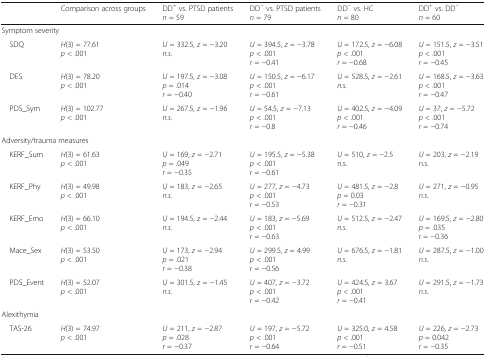
<table><thead><tr><td></td><td><b>Comparison across groups</b></td><td><b>DD<sup>+</sup> vs. PTSD patients<i>n</i> = 59</b></td><td><b>DD<sup>−</sup> vs. PTSD patients<i>n</i> = 79</b></td><td><b>DD<sup>−</sup> vs. HC<i>n</i> = 80</b></td><td><b>DD<sup>+</sup> vs. DD<sup>−</sup><i>n</i> = 60</b></td></tr></thead><tbody><tr><td colspan="6">Symptom severity</td></tr><tr><td> SDQ</td><td><i>H</i>(3) = 77.61<i>p</i> &lt; .001</td><td><i>U</i> = 332.5, <i>z</i> = −3.20<i>n.s.</i></td><td><i>U</i> = 394.5, <i>z</i> = −3.78<i>p</i> &lt; .001<i>r</i> = −0.41</td><td><i>U</i> = 172.5, <i>z</i> = −6.08<i>p</i> &lt; .001<i>r</i> = −0.68</td><td><i>U</i> = 151.5, <i>z</i> = −3.51<i>p</i> &lt; .001<i>r</i> = −0.45</td></tr><tr><td> DES</td><td><i>H</i>(3) = 78.20<i>p</i> &lt; .001</td><td><i>U</i> = 197.5, <i>z</i> = −3.08<i>p</i> = .014<i>r</i> = −0.40</td><td><i>U</i> = 150.5, <i>z</i> = −6.17<i>p</i> &lt; .001<i>r</i> = −0.61</td><td><i>U</i> = 528.5, <i>z</i> = −2.61<i>n.s.</i></td><td><i>U</i> = 168.5, <i>z</i> = −3.63<i>p</i> &lt; .001<i>r</i> = −0.47</td></tr><tr><td> PDS_Sym</td><td><i>H</i>(3) = 102.77<i>p</i> &lt; .001</td><td><i>U</i> = 267.5, <i>z</i> = −1.96<i>n.s.</i></td><td><i>U</i> = 54.5, <i>z</i> = −7.13<i>p</i> &lt; .001<i>r</i> = −0.8</td><td><i>U</i> = 402.5, <i>z</i> = −4.09<i>p</i> &lt; .001<i>r</i> = −0.46</td><td><i>U</i> = 37, <i>z</i> = −5.72<i>p</i> &lt; .001<i>r</i> = −0.74</td></tr><tr><td colspan="6">Adversity/trauma measures</td></tr><tr><td> KERF_Sum</td><td><i>H</i>(3) = 61.63<i>p</i> &lt; .001</td><td><i>U</i> = 169, <i>z</i> = −2.71<i>p</i> = .049<i>r</i> = −0.35</td><td><i>U</i> = 195.5, <i>z</i> = −5.38<i>p</i> &lt; .001<i>r</i> = −0.61</td><td><i>U</i> = 510, <i>z</i> = −2.5n.s.</td><td><i>U</i> = 203, <i>z</i> = −2.19n.s.</td></tr><tr><td> KERF_Phy</td><td><i>H</i>(3) = 49.98<i>p</i> &lt; .001</td><td><i>U</i> = 183, <i>z</i> = −2.65<i>n.s.</i></td><td><i>U</i> = 277, <i>z</i> = −4.73<i>p</i> &lt; .001<i>r</i> = −0.53</td><td><i>U</i> = 481.5, <i>z</i> = −2.8<i>p</i> = 0.03<i>r</i> = −0.31</td><td><i>U</i> = 271, <i>z</i> = −0.95<i>n.s.</i></td></tr><tr><td> KERF_Emo</td><td><i>H</i>(3) = 66.10<i>p</i> &lt; .001</td><td><i>U</i> = 194.5, <i>z</i> = −2.44<i>n.s.</i></td><td><i>U</i> = 183, <i>z</i> = −5.69<i>p</i> &lt; .001<i>r</i> = −0.63</td><td><i>U</i> = 512.5, <i>z</i> = −2.47<i>n.s.</i></td><td><i>U</i> = 169.5, <i>z</i> = −2.80<i>p</i> = .035<i>r</i> = −0.36</td></tr><tr><td> Mace_Sex</td><td><i>H</i>(3) = 53.50<i>p</i> &lt; .001</td><td><i>U</i> = 173, <i>z</i> = −2.94<i>p</i> = .021<i>r</i> = −0.38</td><td><i>U</i> = 299.5, <i>z</i> = 4.99<i>p</i> &lt; .001<i>r</i> = −0.56</td><td><i>U</i> = 676.5, <i>z</i> = −1.81<i>n.s.</i></td><td><i>U</i> = 287.5, <i>z</i> = −1.00<i>n.s.</i></td></tr><tr><td> PDS_Event</td><td><i>H</i>(3) = 52.07<i>p</i> &lt; .001</td><td><i>U</i> = 301.5, <i>z</i> = −1.45<i>n.s.</i></td><td><i>U</i> = 407, <i>z</i> = −3.72<i>p</i> &lt; .001<i>r</i> = −0.42</td><td><i>U</i> = 424.5, <i>z</i> = 3.67<i>p</i> &lt; .001<i>r</i> = −0.41</td><td><i>U</i> = 291.5, <i>z</i> = −1.73<i>n.s.</i></td></tr><tr><td colspan="6">Alexithymia</td></tr><tr><td> TAS-26</td><td><i>H</i>(3) = 74.97<i>p</i> &lt; .001</td><td><i>U</i> = 211, <i>z</i> = −2.87<i>p</i> = .028<i>r</i> = −0.37</td><td><i>U</i> = 197, <i>z</i> = −5.72<i>p</i> &lt; .001<i>r</i> = −0.64</td><td><i>U</i> = 325.0, <i>z</i> = 4.58<i>p</i> &lt; .001<i>r</i> = −0.51</td><td><i>U</i> = 226, <i>z</i> = −2.73<i>p</i> = 0.042<i>r</i> = −0.35</td></tr></tbody></table>